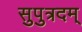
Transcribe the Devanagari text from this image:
सुपुत्रदम्